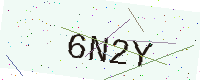
Text: 6N2Y